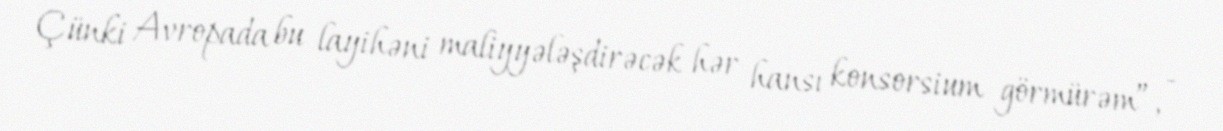
Çünki Avropada bu layihəni maliyyələşdirəcək hər hansı konsorsium görmürəm”, -